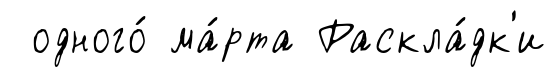
одного́ ма́рта Раскла́дк'и